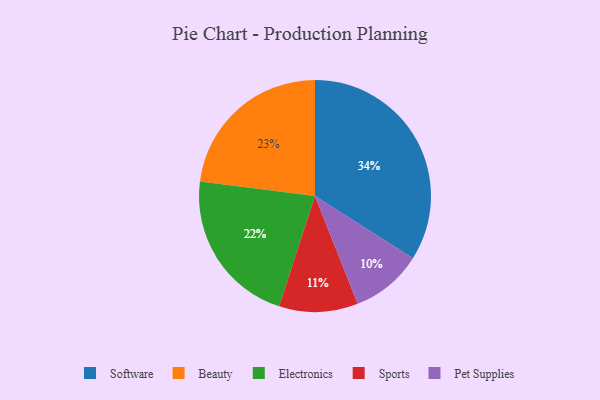
{"axis": {"x": "Category", "y": "Percentage"}, "legend": ["Beauty", "Electronics", "Pet Supplies", "Software", "Sports"], "data": [{"x": "Pet Supplies", "y": 10, "type": "Pet Supplies"}, {"x": "Sports", "y": 11, "type": "Sports"}, {"x": "Electronics", "y": 22, "type": "Electronics"}, {"x": "Software", "y": 34, "type": "Software"}, {"x": "Beauty", "y": 23, "type": "Beauty"}]}